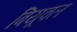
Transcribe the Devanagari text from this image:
बियूवल